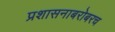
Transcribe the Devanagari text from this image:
प्रशासनाबरोबरच